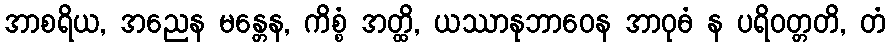
အာစရိယ, အညေန မန္တေန, ကိစ္စံ အတ္ထိ, ယဿာနုဘာဝေန အာဝုဓံ န ပရိဝတ္တတိ, တံ